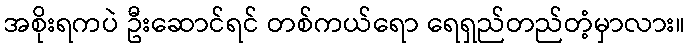
အစိုးရကပဲ ဦးဆောင်ရင် တစ်ကယ်ရော ရေရှည်တည်တံ့မှာလား။